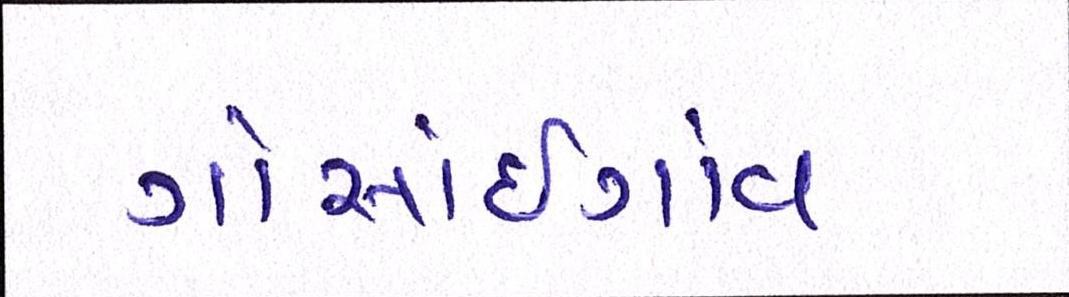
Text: ગોસાંઇગાંવ